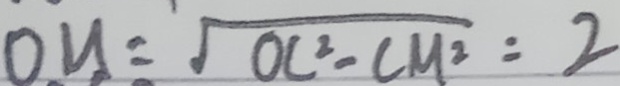
O N = \sqrt { O C ^ { 2 } - C M ^ { 2 } } = 2